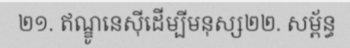
២១. ឥណ្ឌូនេស៊ីដើម្បីមនុស្ស២២. សម្ព័ន្ធ